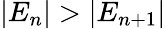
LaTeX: \vert E_{n}\vert>\vert E_{n+1}\vert